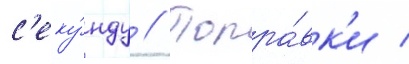
с'еку́нду // Попра́вк'и /